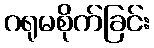
ဂရုမစိုက်ခြင်း